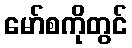
မော်စကိုတွင်